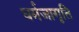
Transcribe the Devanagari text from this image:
धर्मजागृति